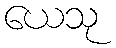
ယေသု